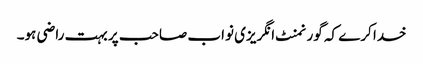
خدا کرے کہ گورنمنٹ انگریزی نواب صاحب پر بہت راضی ہو۔